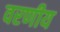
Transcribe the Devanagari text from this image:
वरणीय